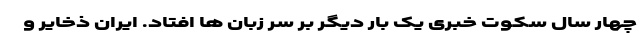
چهار سال سکوت خبری یک بار دیگر بر سر زبان ها افتاد. ایران ذخایر و